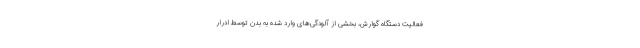
فعالیت دستگاه گوارش، بخشی از آلودگی‌های وارد شده به بدن توسط ادرار